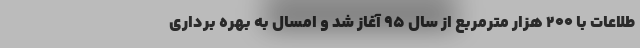
طلاعات با ۲۰۰ هزار مترمربع از سال ۹۵ آغاز شد و امسال به بهره برداری